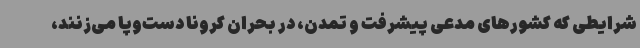
شرایطی که کشورهای مدعی پیشرفت و تمدن، در بحران کرونا دست‌وپا می‌زنند،